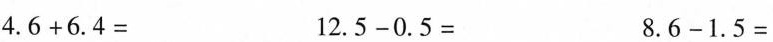
$$4 . 6 + 6 . 4 =$$ $$1 2 . 5 - 0 . 5 =$$ $$8 . 6 - 1 . 5 =$$